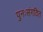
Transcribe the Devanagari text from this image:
पुनःसंगठित